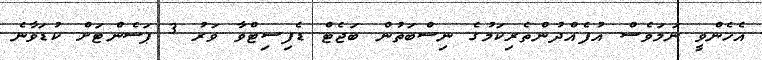
އެހެންވީ ނަމަވެސް އުފެއްދުންތެރިކަމުގެ ނިސްބަތުން ބަޖެޓް ޑެފިސިޓްވާ ވަރު 3 ޕަސެންޓަށް ކުޑަވާނެ